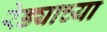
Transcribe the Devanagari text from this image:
रेड्याच्या